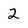
Character: 2